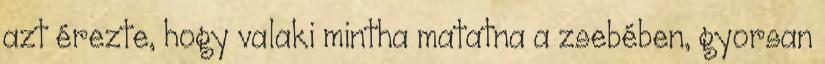
azt érezte, hogy valaki mintha matatna a zsebében, gyorsan